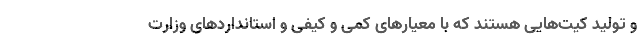
و تولید کیت‌هایی هستند که با معیارهای کمی و کیفی و استانداردهای وزارت